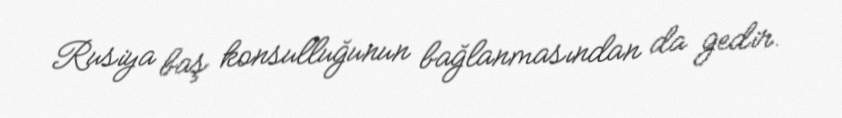
Rusiya baş konsulluğunun bağlanmasından da gedir.